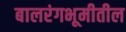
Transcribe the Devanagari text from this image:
बालरंगभूमीतील